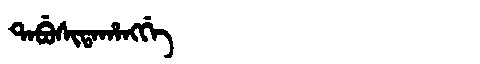
Manchu: ᡨᠠᠪᡠᠰᡳᡨᠠᡥᠠᠩᡤᡝ
Romanization: TABUSITAHANGGE